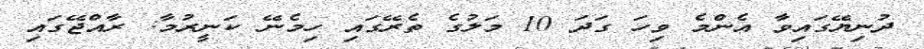
ދުނިޔޭގައިވާ އެންމެ ވިހަ ގަދަ 10 މަލުގެ ތެރޭގައި ހިމެނޭ ކަނީރުމާ: ރާއްޖޭގައި